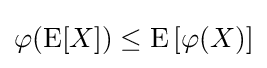
\varphi (\operatorname {E} [X])\leq \operatorname {E} \left[\varphi (X)\right]